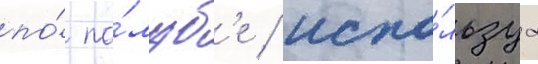
по́ па́луб'е / испо́льзуа